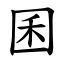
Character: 囷